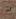
به